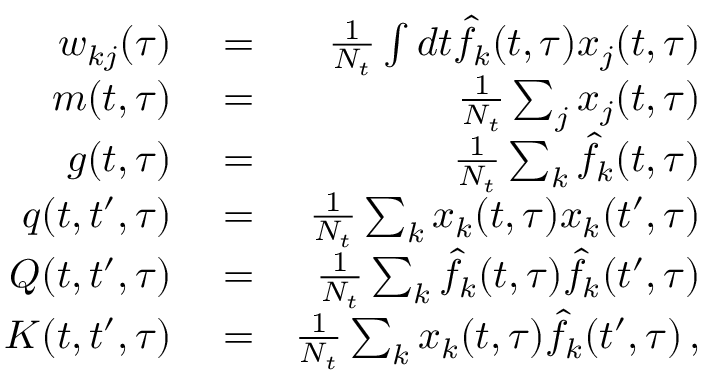
\begin{array} { r l r } { w _ { k j } ( \tau ) } & { { } = } & { \frac { 1 } { N _ { t } } \int d t \hat { f } _ { k } ( t , \tau ) x _ { j } ( t , \tau ) } \\ { m ( t , \tau ) } & { { } = } & { \frac { 1 } { N _ { t } } \sum _ { j } x _ { j } ( t , \tau ) } \\ { g ( t , \tau ) } & { { } = } & { \frac { 1 } { N _ { t } } \sum _ { k } \hat { f } _ { k } ( t , \tau ) } \\ { q ( t , t ^ { \prime } , \tau ) } & { { } = } & { \frac { 1 } { N _ { t } } \sum _ { k } x _ { k } ( t , \tau ) x _ { k } ( t ^ { \prime } , \tau ) } \\ { Q ( t , t ^ { \prime } , \tau ) } & { { } = } & { \frac { 1 } { N _ { t } } \sum _ { k } \hat { f } _ { k } ( t , \tau ) \hat { f } _ { k } ( t ^ { \prime } , \tau ) } \\ { K ( t , t ^ { \prime } , \tau ) } & { { } = } & { \frac { 1 } { N _ { t } } \sum _ { k } x _ { k } ( t , \tau ) \hat { f } _ { k } ( t ^ { \prime } , \tau ) \, , } \end{array}